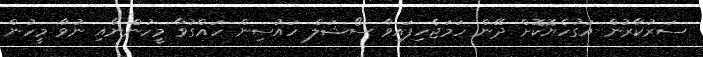
ސަރުކާރުން އަގުހެޔޮކޮށް ދޭން ހަމަޖެހިފައިވާ ސޯޝަލް ހައުސިން ހައްގުވާ މީހުންނާއި ނުވާ މީހުން